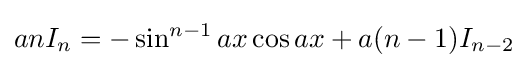
anI_{n}=-\sin ^{n-1}{ax}\cos {ax}+a(n-1)I_{n-2}\,\!